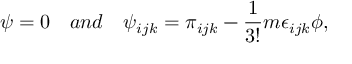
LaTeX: \psi = 0 \quad a n d \quad \psi _ { i j k } = \pi _ { i j k } - \frac { 1 } { 3 ! } m \epsilon _ { i j k } \phi ,